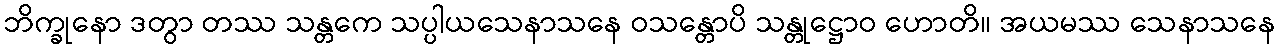
ဘိက္ခုနော ဒတွာ တဿ သန္တကေ သပ္ပါယသေနာသနေ ဝသန္တောပိ သန္တုဋ္ဌောဝ ဟောတိ။ အယမဿ သေနာသနေ